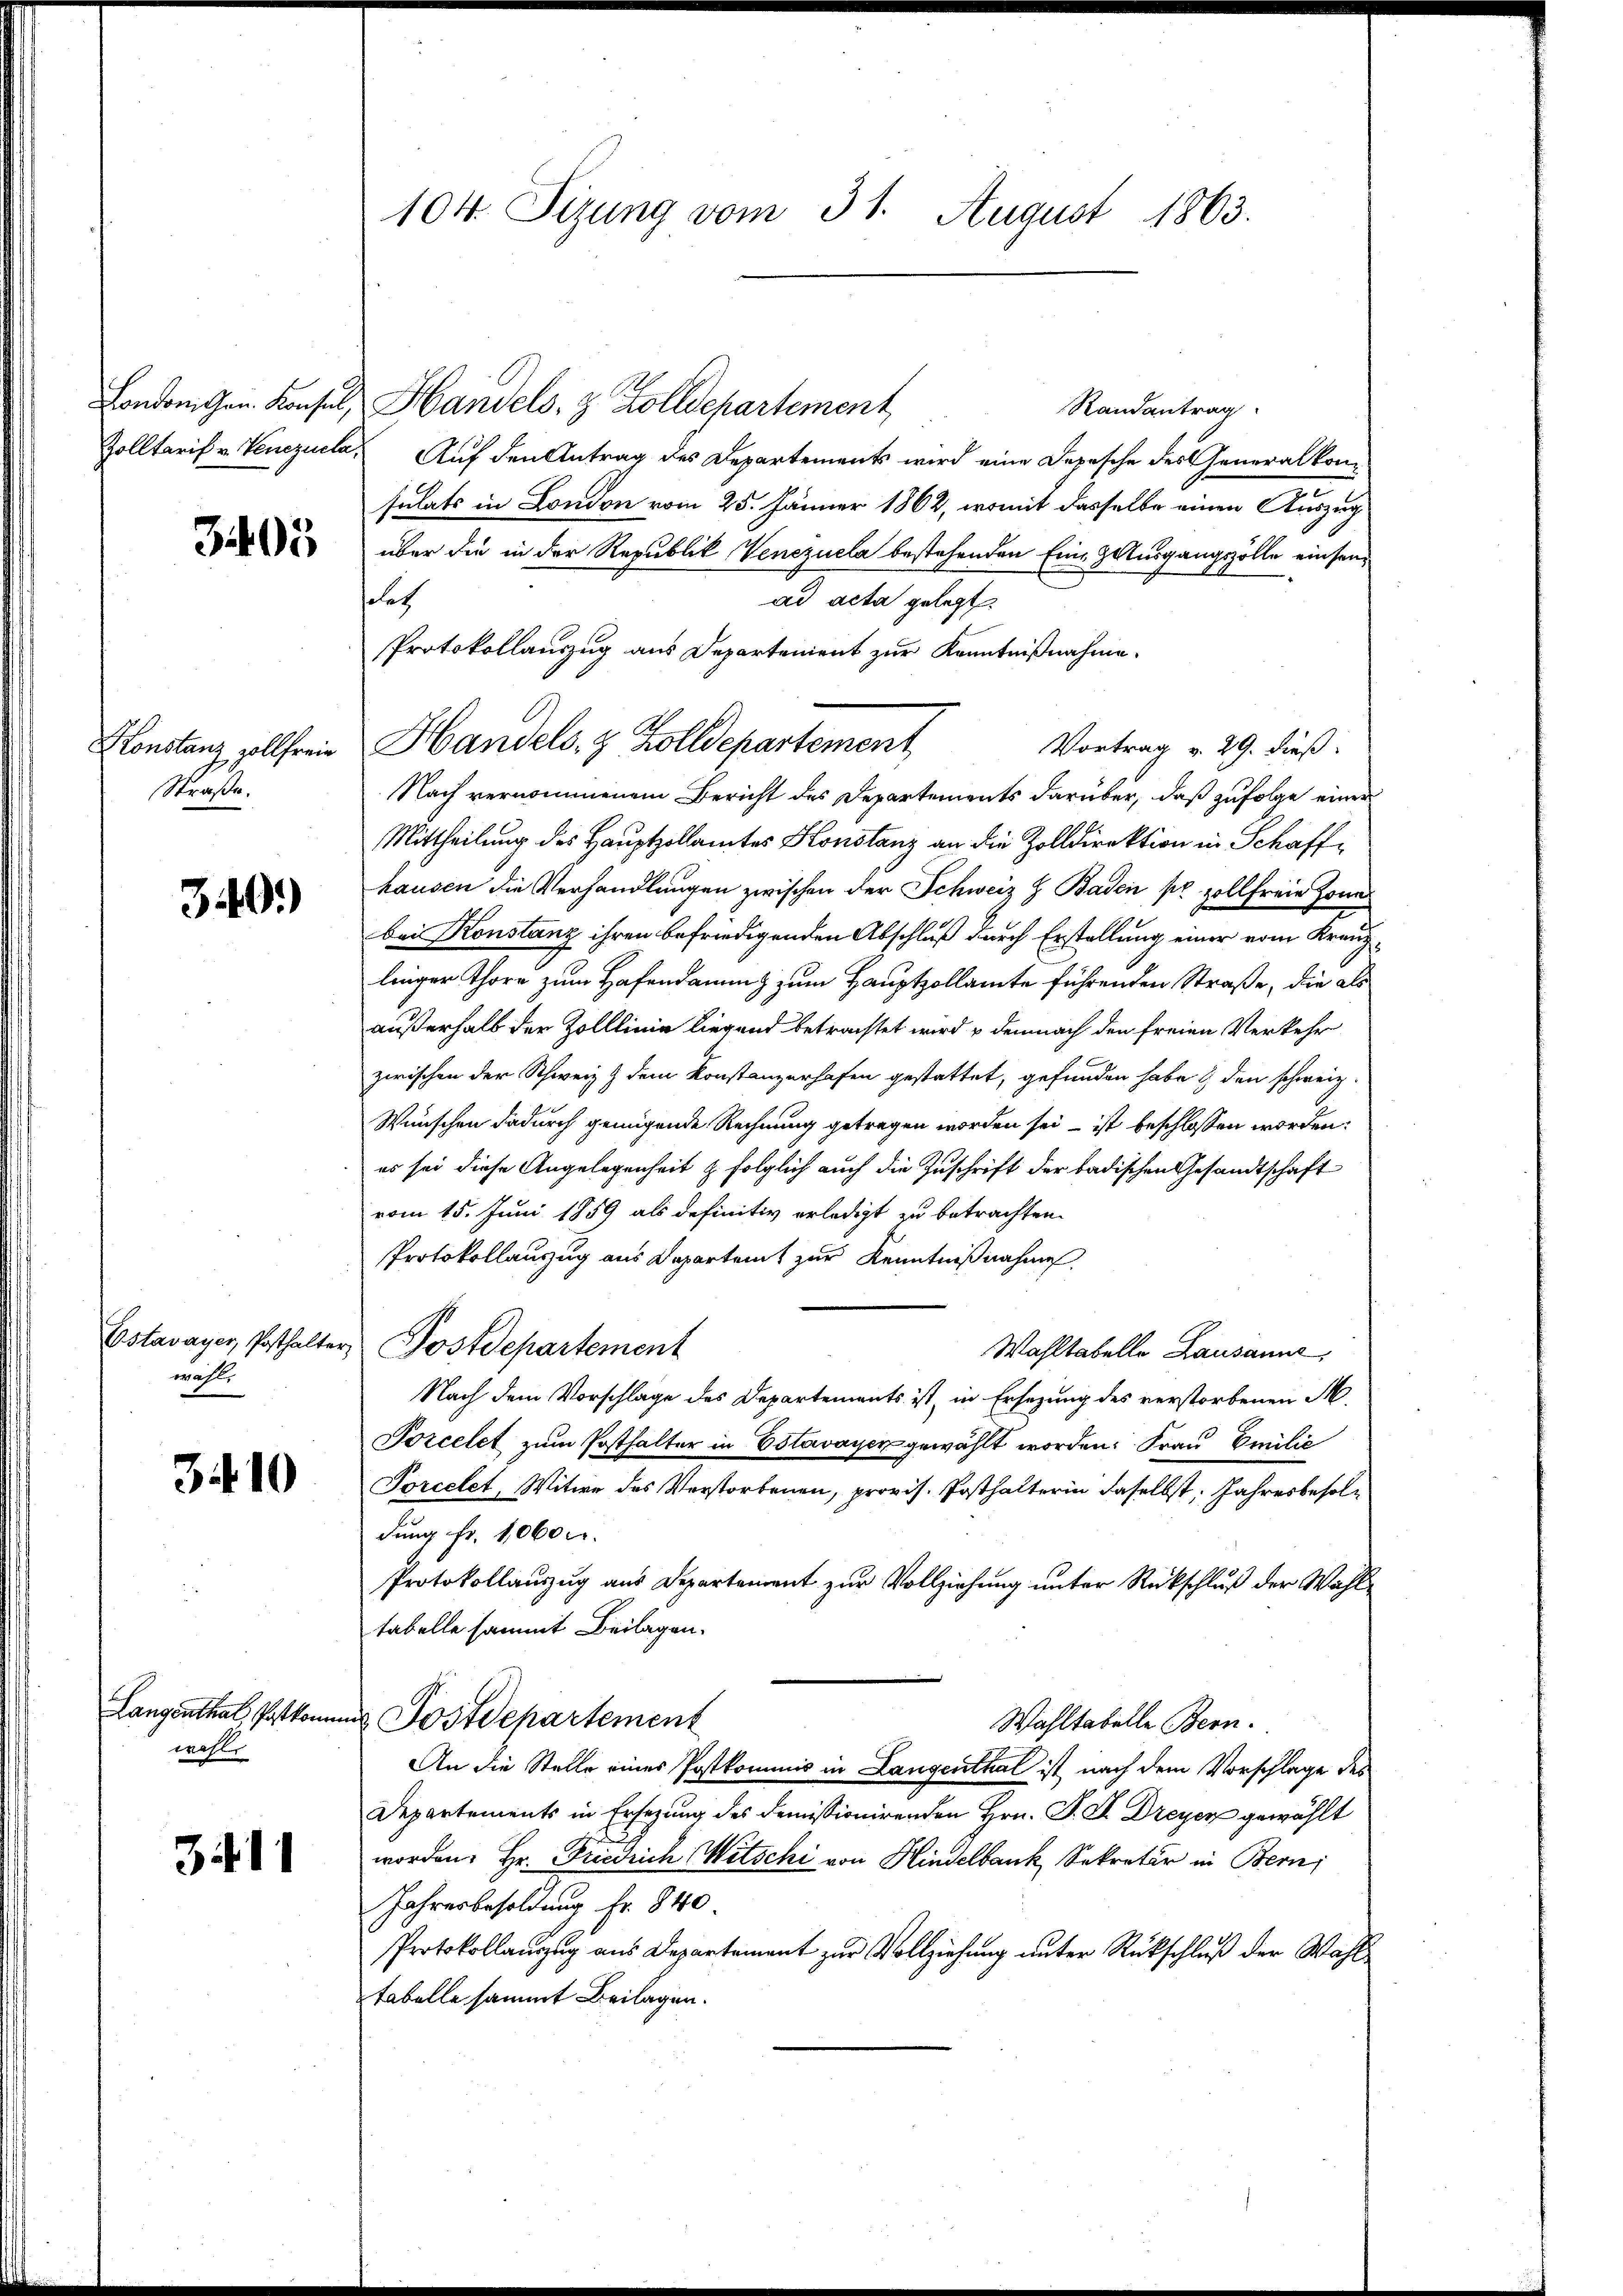
3405

Konstanz zollfreie
Straße.

340.)

wähl
x

3410

wahl.

3411

104. Sizung vom 31. August 1863.

London gen. Konsul, Handels- & Zolldepartement
Randantrag
Zolltarif v. Venezuela, Auf den Antrag des Departements wird eine Depesche des Generalkonsulats in London vom 25. Jänner 1862, womit dasselbe einen Auszug
über die in der Republik Venezuela bestehenden Eine Ausgangszölle einsensolet
ad acta gelegt.
Protokollauszug aus Departenient zur Kenntnißnahme.
Vortrag v. 29. dieß:
Nach vernommenem Bericht des Departements darüber, daß zufolge einer
Mittheilung des Hauptzollamtes Konstanz an die Zolldirektion in Schaffhausen die Verhandlungen zwischen der Schweiz H. Baden pr zollfreie Jonas
bei Konstanz ihren befriedigenden Abschluß durch Erstellung einer vom Kreuz-
linger Thore zum Hafendammenz zum Hauptzollamte führenden Straße, die als
außerhalb der Zolllinie liegend betrachtet wird & demnach den freien Verkehr
zwischen der Schweiz & dem Konstanzerhafen gestattet, gefunden habe & den schweiz.
Wünschen dadurch genügende Rechnung getragen worden sei ist beschlossen worden:
es sei diese Angelegenheit & folglich auch die Zuschrift der badischen Gesandtschaft
vom 15. Juni 1859 als definitiv erledigt zu betrachten.
Protokollauszug aus Departent zur Kenntnißnahmen
Estavayer, Posthalter Postdepartement
Wahltabelle Lausanne,
Nach dem Vorschlage des Departements ist, in Ersezung des verstorbenen M
Porcelet zum Posthalter in Estavayer gewählt worden: Frau Emilić
Porcelet, Witwe des Verstorbenen, provis. Posthalterin daselbst. Jahresbesoldung fr. 1060.
Protokollauszug aus Departement zur Vollziehung unter Rückschluß der Wahltabelle sammt Beilagen.
Langenthal, Postkomnes Postdepartement
Wahltabelle Bern.
An die Stelle eines Postkommis in Langenthal ist nach dem Vorschlage des
Departements in Ersezung des demissionirenden Hrn. P. F. Dreyer gewählt
worden. Hr. Friedrich Witschi von Hindelbank Sekretär in Bern,
Jahresbesoldung Fr. 840
Protokollauszug aus Departement zur Vollziehung unter Rückschluß der Wahltabelle sammt Beilagen.

Handels- & Zolldepartement